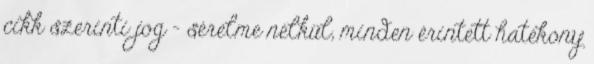
cikk szerinti jog – sérelme nélkül, minden érintett hatékony